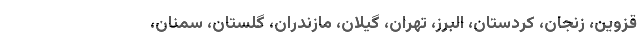
قزوین، زنجان، کردستان، البرز، تهران، گیلان، مازندران، گلستان، سمنان،